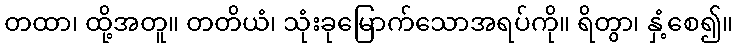
တထာ၊ ထို့အတူ။ တတိယံ၊ သုံးခုမြောက်သောအရပ်ကို။ ရိတွာ၊ နှံ့စေ၍။